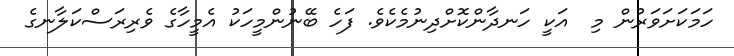
ހަމަކަށަވަރުން މި  އަކީ ހަނދާންކޮށްދިނުމެކެވެ. ފަހެ ބޭނުންމީހަކު އެމީހާގެ ވެރިރަސްކަލާނގެ